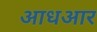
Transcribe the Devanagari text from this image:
आधआर